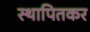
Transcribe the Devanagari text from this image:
स्थापितकर